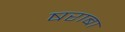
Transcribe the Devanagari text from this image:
षराबा